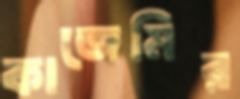
কাজেমির